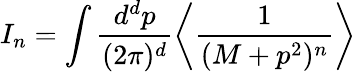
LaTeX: I_{n}=\int\frac{d^{d}p}{(2\pi)^{d}}\left\langle\frac{1}{(M+p^{2})^{n}}\right\rangle